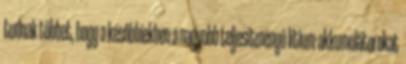
tudnak többet, hogy a későbbiekben a nagyobb teljesítményű lítium-akkumulátorokat